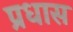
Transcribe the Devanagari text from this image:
प्रधास